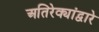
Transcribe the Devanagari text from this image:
अतिरेक्यांद्वारे